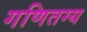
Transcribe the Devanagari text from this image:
गणितग्य